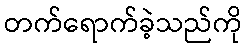
တက်ရောက်ခဲ့သည်ကို